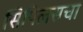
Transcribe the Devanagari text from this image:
सिपिलसचा